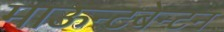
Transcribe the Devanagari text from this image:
माऊन्टबेन्टन